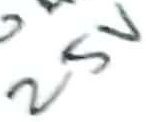
Text: 25V